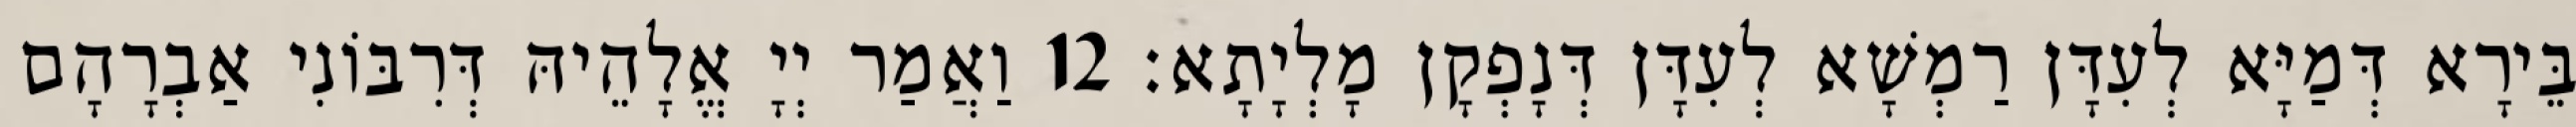
בֵּירָא דְּמַיָּא לְעִדָּן רַמְשָׁא לְעִדָּן דְּנָפְקָן מָלְיָתָא׃ 12 וַאֲמַר יְיָ אֱלָהֵיהּ דְּרִבּוֹנִי אַבְרָהָם